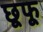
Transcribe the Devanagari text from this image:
छूफू